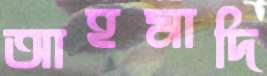
আহমাদি